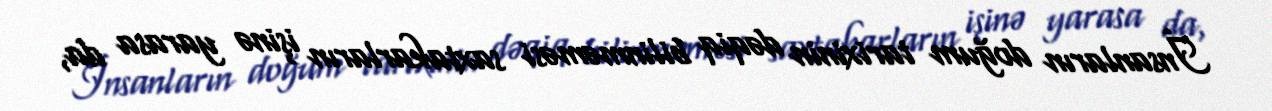
İnsanların doğum tarixinin dəqiq bilinməməsi saxtakarların işinə yarasa da,